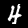
Digit: 4